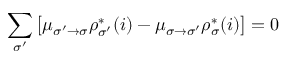
\sum _ { \sigma ^ { \prime } } \left[ \mu _ { \sigma ^ { \prime } \to \sigma } \rho _ { \sigma ^ { \prime } } ^ { * } ( i ) - \mu _ { \sigma \to \sigma ^ { \prime } } \rho _ { \sigma } ^ { * } ( i ) \right] = 0